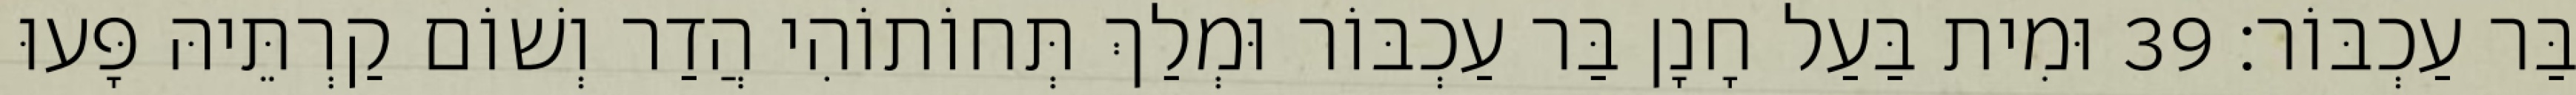
בַּר עַכְבּוֹר׃ 39 וּמִית בַּעַל חָנָן בַּר עַכְבּוֹר וּמְלַךְ תְּחוֹתוֹהִי הֲדַר וְשׁוֹם קַרְתֵּיהּ פָּעוּ